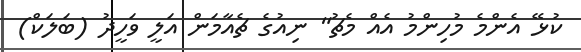
ކުޅޭ އެންމެ މުހިންމު އެއް މެޗު" ނިއުގެ ޗެއާމަން އަލީ ވަހީދު (ބަލަކް)